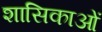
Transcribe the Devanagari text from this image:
शासिकाओं